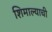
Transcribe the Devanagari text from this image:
शिमाल्याची